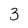
Character: 3